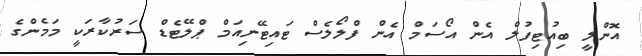
އޮންލީ ބިއުޓިފުލް އެން އޯސަމް އެން ފްލޯލެސް ޓައިޓޭނިއަމް ޕްލޭޓެޑް ސަރުކާރަކީ މަމެންގެ